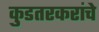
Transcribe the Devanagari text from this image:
कुडतरकरांचे